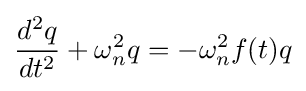
{\frac {d^{2}q}{dt^{2}}}+\omega _{n}^{2}q=-\omega _{n}^{2}f(t)q